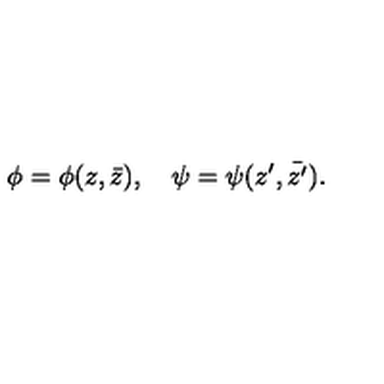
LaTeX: \phi = \phi ( z , \bar { z } ) , \quad \psi = \psi ( z ^ { \prime } , \bar { z ^ { \prime } } ) .